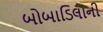
બોબાડિલાની